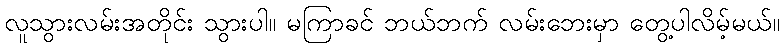
လူသွားလမ်းအတိုင်း သွားပါ။ မကြာခင် ဘယ်ဘက် လမ်းဘေးမှာ တွေ့ပါလိမ့်မယ်။